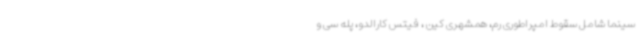
سینما شامل سقوط امپراطوری رم، همشهری کین ، فیتس کارالدو، پله سی و